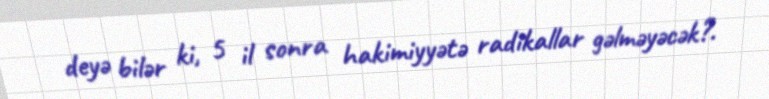
deyə bilər ki, 5 il sonra hakimiyyətə radikallar gəlməyəcək?.